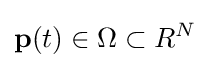
\mathbf {p} (t)\in \Omega \subset R^{N}